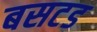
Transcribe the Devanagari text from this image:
बसटड